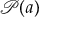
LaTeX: { \mathcal { P } } ( a )